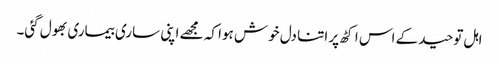
اہل توحید کے اس اکٹھ پر اتنا دل خوش ہوا کہ مجھے اپنی ساری بیماری بھول گئی۔